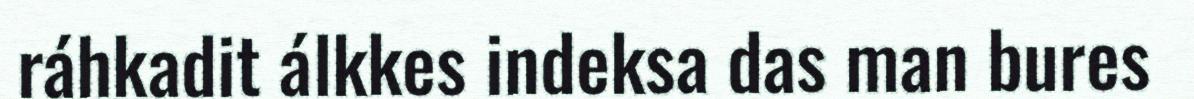
ráhkadit álkkes indeksa das man bures